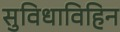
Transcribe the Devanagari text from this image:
सुविधाविहिन